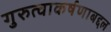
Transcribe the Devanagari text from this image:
गुरुत्वाकर्षणाबद्दल